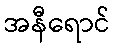
အနီရောင်